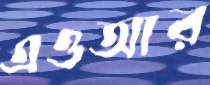
এওআর